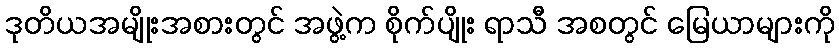
ဒုတိယအမျိုးအစားတွင် အဖွဲ့က စိုက်ပျိုး ရာသီ အစတွင် မြေယာများကို